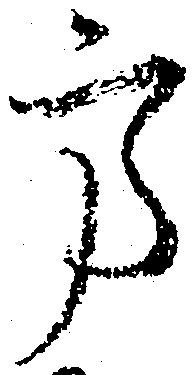
方